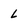
Character: l